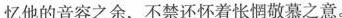
忆他的音容之余，不禁还怀着怅惘敬慕之意。